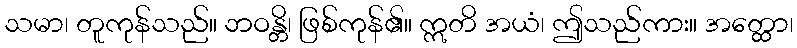
သမာ၊ တူကုန်သည်။ ဘဝန္တိ၊ ဖြစ်ကုန်၏။ ဣတိ အယံ၊ ဤသည်ကား။ အတ္ထော၊